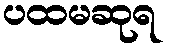
ပထမဆုရ